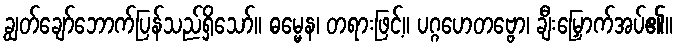
ချွတ်ချော်ဘောက်ပြန်သည်ရှိသော်။ ဓမ္မေန၊ တရားဖြင့်။ ပဂ္ဂဟေတဗ္ဗော၊ ချီးမြှောက်အပ်၏။